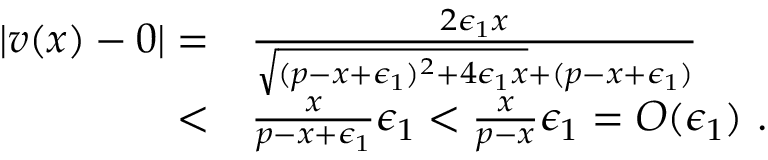
\begin{array} { r l } { \left| v ( x ) - 0 \right| = } & { \frac { 2 \epsilon _ { 1 } x } { \sqrt { ( p - x + \epsilon _ { 1 } ) ^ { 2 } + 4 \epsilon _ { 1 } x } + ( p - x + \epsilon _ { 1 } ) } } \\ { < } & { \frac { x } { p - x + \epsilon _ { 1 } } \epsilon _ { 1 } < \frac { x } { p - x } \epsilon _ { 1 } = O ( \epsilon _ { 1 } ) \ . } \end{array}